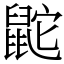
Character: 鼧